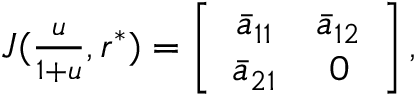
\begin{array} { r } { J ( \frac { u } { 1 + u } , r ^ { * } ) = \left[ { \begin{array} { c c } { \bar { a } _ { 1 1 } } & { \bar { a } _ { 1 2 } } \\ { \bar { a } _ { 2 1 } } & { 0 } \end{array} } \right] , } \end{array}